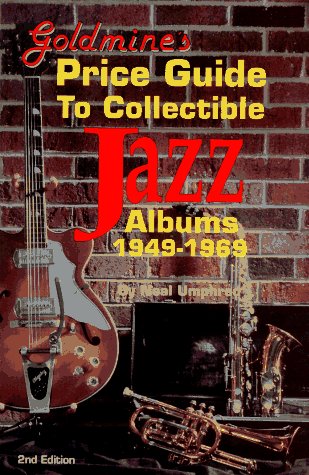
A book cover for Goldmine's Price Guide to Collectible Jazz Albums 1949-1969; Neal Umphred; Crafts, Hobbies & Home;